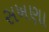
સખણા